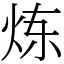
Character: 炼